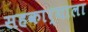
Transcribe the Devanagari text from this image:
सहकार्याला